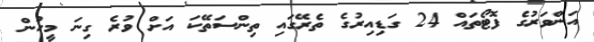
އަންވަރުގެ ފޮޓޯތައް 24 ގަޑިއިރުގެ ތެރޭގައި ތިންސަތޭކަ އަށް ވުރެ ގިނަ މީހުން